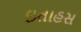
ઇતાહસ